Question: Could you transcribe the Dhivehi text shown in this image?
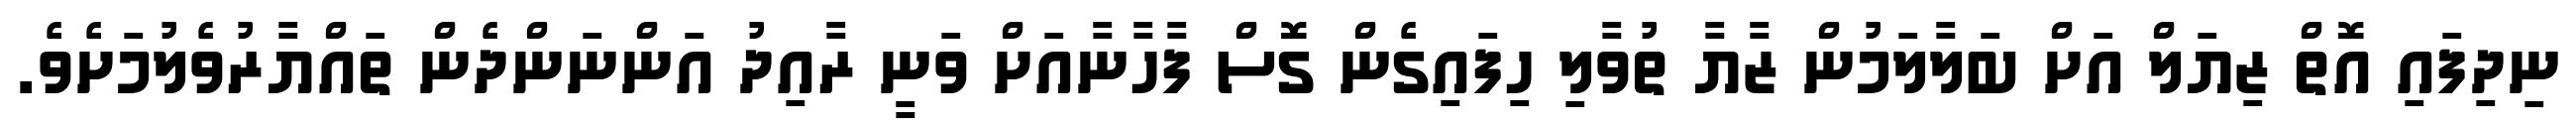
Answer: ނިދިފައި އޮތް ޒިޔަލް އަށް ބަލާލަމުން ޒާޔާ ތުވާލި ހިފައިގެން ގޮސް ފާހާނާއަށް ވަނީ ރާއިދު އަންނަންދެން ތައްޔާރުވެލުމަށެވެ.